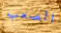
الصعب